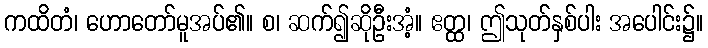
ကထိတံ၊ ဟောတော်မူအပ်၏။ စ၊ ဆက်၍ဆိုဦးအံ့။ ဧတ္ထ၊ ဤသုတ်နှစ်ပါး အပေါင်း၌။